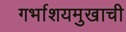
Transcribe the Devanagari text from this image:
गर्भाशयमुखाची